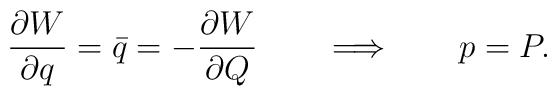
{\partial W\over \partial q }= \bar{q} = -{\partial W\over \partial Q } \qquad\Longrightarrow \qquad p=P.